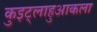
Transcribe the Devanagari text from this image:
कुइट्लाहुआकला